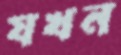
যখন